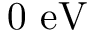
0 ~ \mathrm { e V }